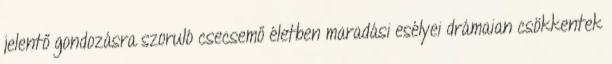
jelentő gondozásra szoruló csecsemő életben maradási esélyei drámaian csökkentek